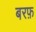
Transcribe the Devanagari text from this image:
बरफ़